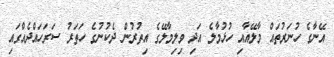
އޭނާގެ ހުނަރުތައް މާލޭއާއި ހުޅުމާލެ އަދި ވިލިމާލޭގެ އިތުރުން ދެކުނުގެ ހަތަރު ސަރަހައްދެއްގައި